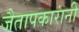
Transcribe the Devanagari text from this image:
जैतापकारांनी